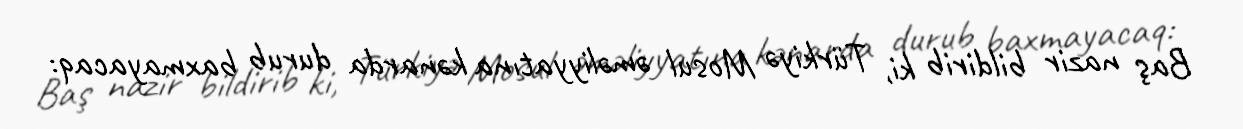
Baş nazir bildirib ki, Türkiyə Mosul əməliyyatına kənarda durub baxmayacaq: